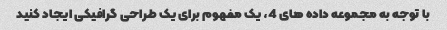
با توجه به مجموعه داده های 4، یک مفهوم برای یک طراحی گرافیکی ایجاد کنید